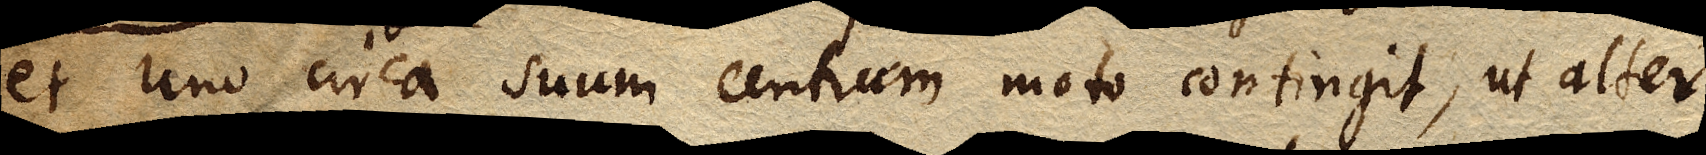
et uno circa suum centrum moto contingit, ut alter